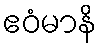
ဧဝံမာနိ